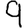
Digit: 9